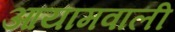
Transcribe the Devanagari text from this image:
आयामवाली